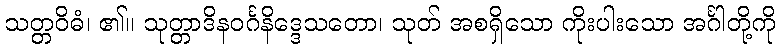
သတ္တဝိဓံ၊ ၏။ သုတ္တာဒိနဝင်္ဂနိဒ္ဒေသတော၊ သုတ် အစရှိသော ကိုးပါးသော အင်္ဂါတို့ကို